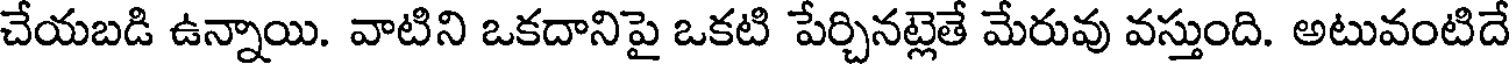
చేయబడి ఉన్నాయి. వాటిని ఒకదానిపై ఒకటి పేర్చినట్లెతే మేరువు వస్తుంది. అటువంటిదే